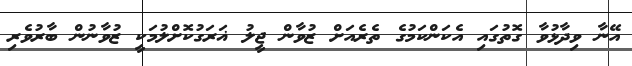
އޭނާ ވިދާޅުވާ ގޮތުގައި އެކަންކަމުގެ ތެރެއަށް ޒުވާން ޖީލު ޣަރަގުކޮށްލުމަކީ ޒުވާނުން ބާރުވެރި